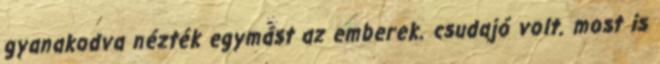
gyanakodva nézték egymást az emberek. csudajó volt. most is